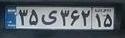
۳۵ی۳۶۲۱۵